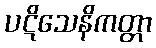
ပဋိသေနိကတ္တာ